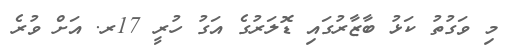
މި ވަގުތު ކަޅު ބާޒާރުގައި ޑޮލަރުގެ އަގު ހުރީ 17ރ. އަށް ވުރެ